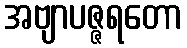
အဗျာပဇ္ဇရတော